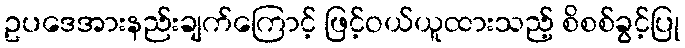
ဥပဒေအားနည်းချက်ကြောင့် ဖြင့်ဝယ်ယူထားသည့် စိစစ်ခွင့်ပြု